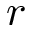
r